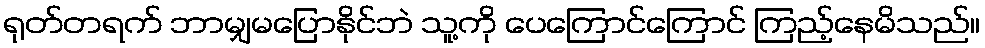
ရုတ်တရက် ဘာမျှမပြောနိုင်ဘဲ သူ့ကို ပေကြောင်ကြောင် ကြည့်နေမိသည်။